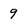
Character: 9